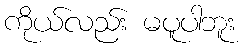
ကိုယ်လည်း မပူပါဘူး